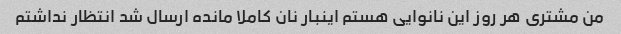
من مشتری هر روز این نانوایی هستم اینبار نان کاملا مانده ارسال شد انتظار نداشتم